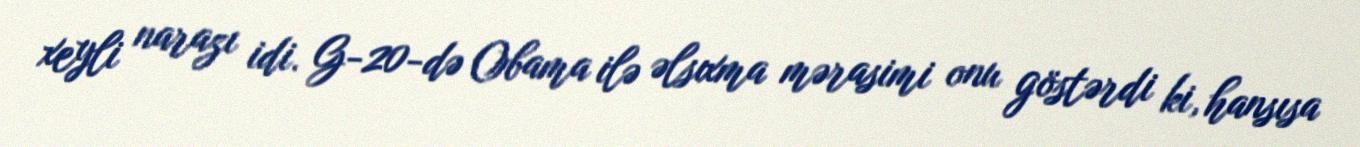
xeyli narazı idi. G-20-də Obama ilə əlsıxma mərasimi onu göstərdi ki, hansısa